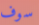
سوف